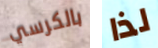
بالكرسي لذا